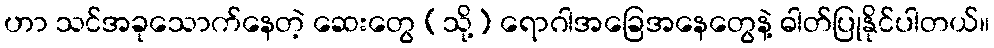
ဟာ သင်အခုသောက်နေတဲ့ ဆေးတွေ (သို့) ရောဂါအခြေအနေတွေနဲ့ ဓါတ်ပြုနိုင်ပါတယ်။